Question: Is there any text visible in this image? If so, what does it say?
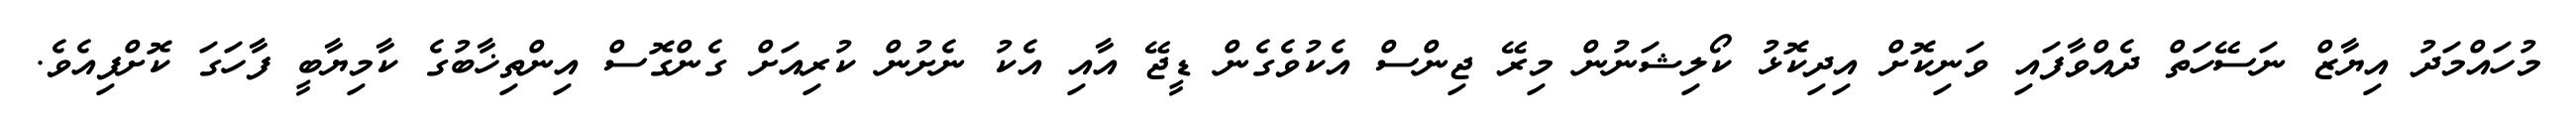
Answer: މުހައްމަދު އިޔާޒް ނަސޭހަތް ދެއްވާފައި ވަނިކޮށް އިދިކޮޅު ކޯލިޝަނުން މިރޭ ޖިންސް އެކުވެގެން ޑީޖޭ އާއި އެކު ނެށުން ކުރިއަށް ގެންގޮސް އިންތިޚާބުގެ ކާމިޔާބީ ފާހަގަ ކޮށްފިއެވެ.